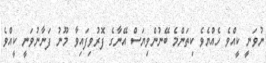
ނުވަނީ ކީއްވެ ހެއްޔެވެ ކިތަންމެ ބޭނުންވިޔަސް އޭނާގެ ފޮރުވިފައިވާ މޫނު ފަނާނުވަނީ ކީއްވެ